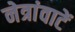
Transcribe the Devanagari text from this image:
नेत्रांवाटें